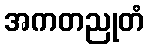
အကတညုတံ